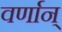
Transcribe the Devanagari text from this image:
वर्णान्